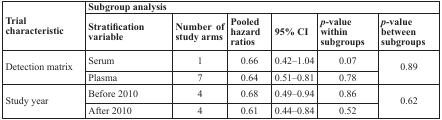
| <ROWSPAN=2> Trial characteristic | <COLSPAN=6> Subgroup analysis |
 | Stratification variable | Number of study arms | Pooled hazard ratios | 95% CI | p-value within subgroups | p-value between subgroups |
 | --- | --- | --- | --- | --- | --- | --- |
 | <ROWSPAN=2> Detection matrix | Serum | 1 | 0.66 | 0.42–1.04 | 0.07 | <ROWSPAN=2> 0.89 |
 | Plasma | 7 | 0.64 | 0.51–0.81 | 0.78 |
 | <ROWSPAN=2> Study year | Before 2010 | 4 | 0.68 | 0.49–0.94 | 0.86 | <ROWSPAN=2> 0.62 |
 | After 2010 | 4 | 0.61 | 0.44–0.84 | 0.52 |